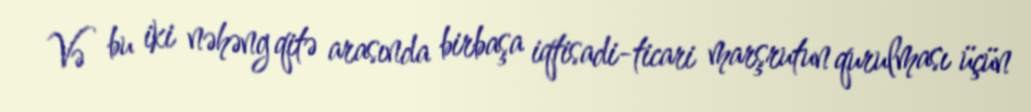
Və bu iki nəhəng qitə arasında birbaşa iqtisadi-ticari marşrutun qurulması üçün